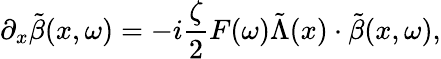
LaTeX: \partial_{x}\tilde{\beta}(x,\omega)=-i\frac{\zeta}{2}F(\omega)\tilde{\Lambda}(x)\cdot\tilde{\beta}(x,\omega),